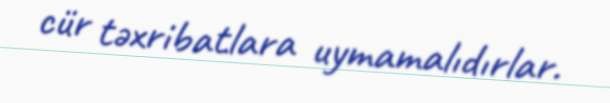
cür təxribatlara uymamalıdırlar.